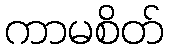
ကာမစိတ်